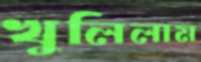
খুলিলাম